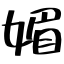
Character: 媚